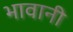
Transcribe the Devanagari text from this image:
भावानी